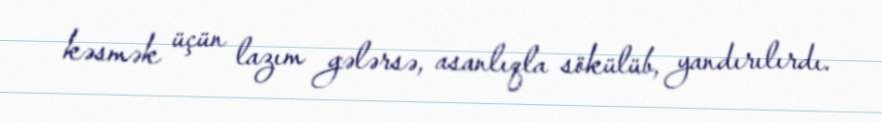
kəsmək üçün lazım gələrsə, asanlıqla sökülüb, yandırılırdı.